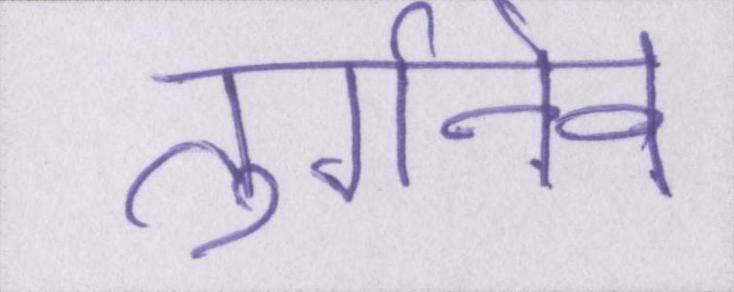
तुर्गनेव